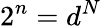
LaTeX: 2^{n}=d^{N}